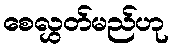
စေလွှတ်မည်ဟု